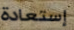
إستعادة